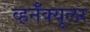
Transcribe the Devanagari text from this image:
व्हर्नॅक्यूलर